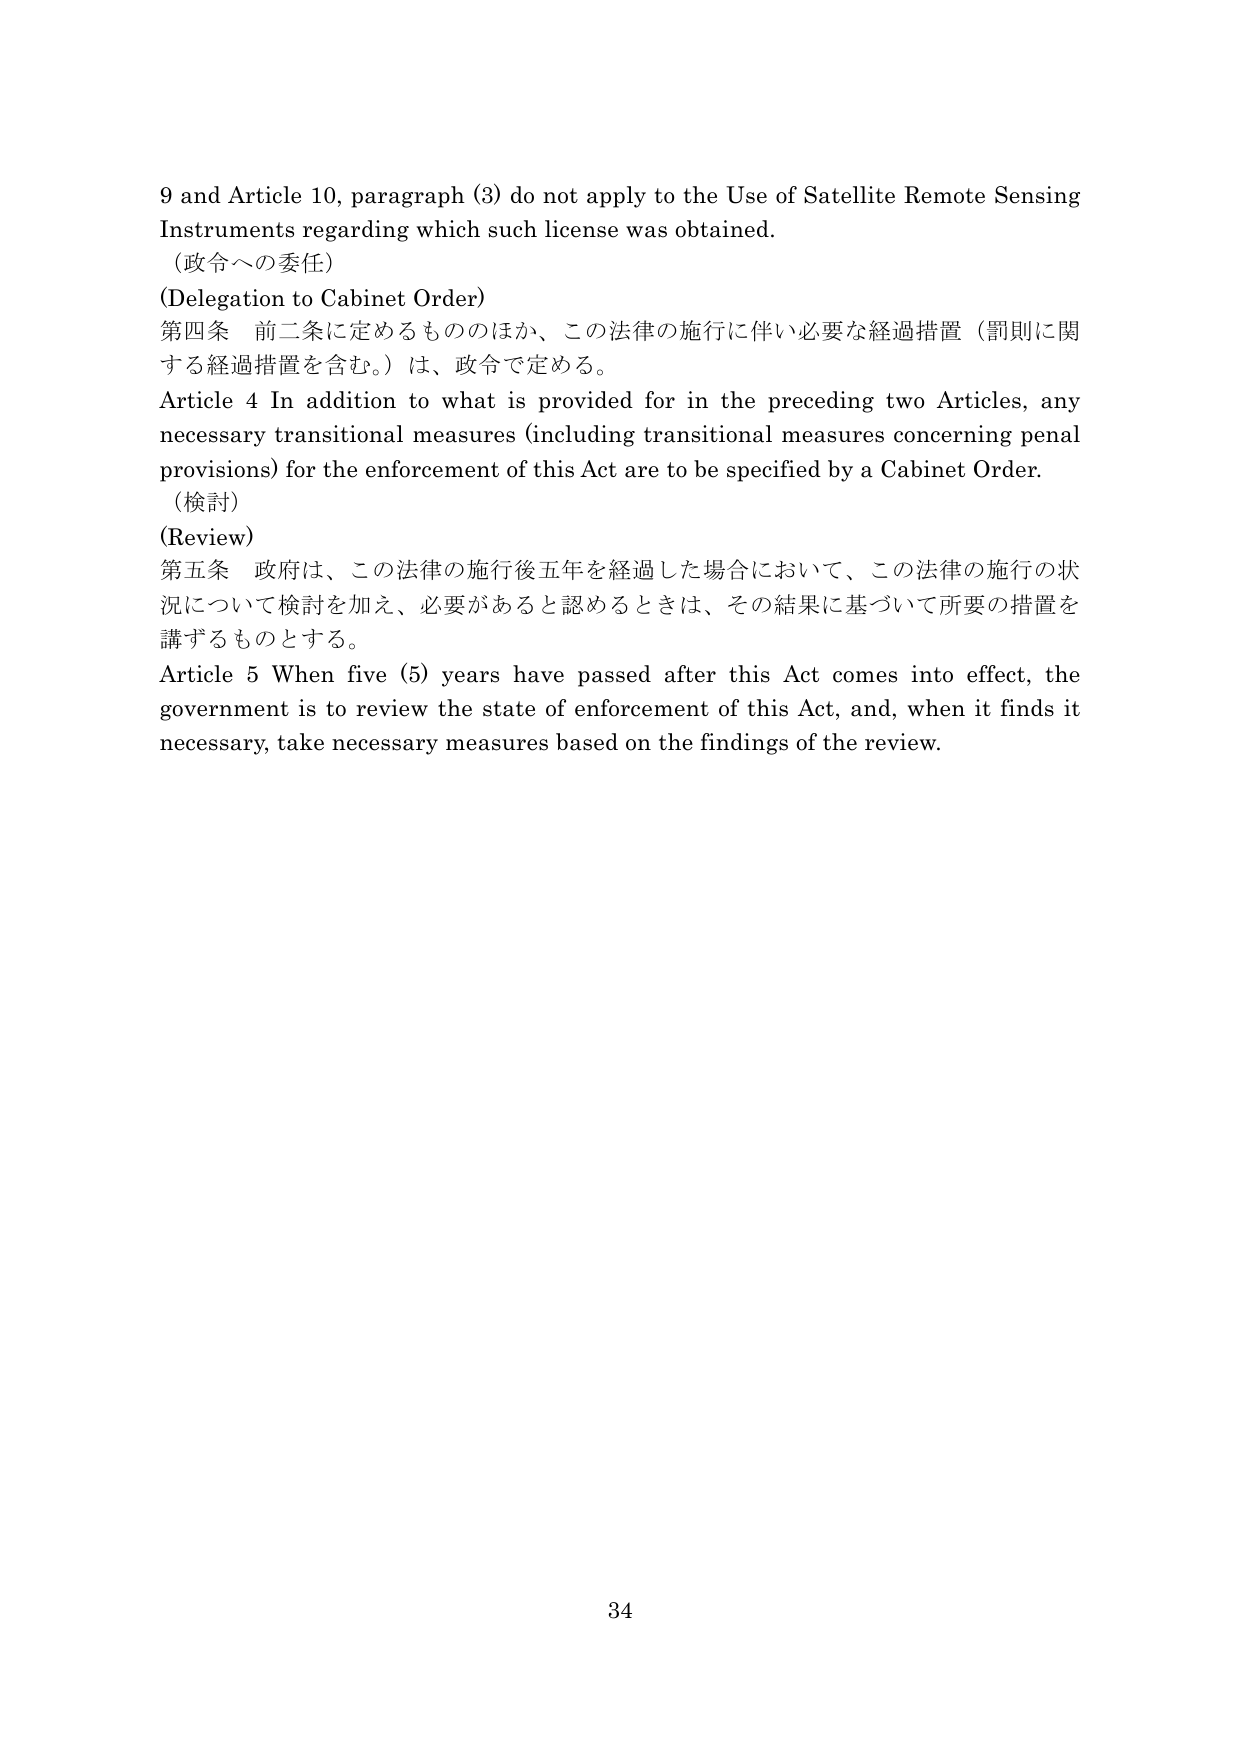
9 and Article 10, paragraph (3) do not apply to the Use of Satellite Remote Sensing Instruments regarding which such license was obtained.
（政令への委任）
(Delegation to Cabinet Order)
第四条 前二条に定めるもののほか、この法律の施行に伴い必要な経過措置（罰則に関する経過措置を含む。）は、政令で定める。
Article 4 In addition to what is provided for in the preceding two Articles, any necessary transitional measures (including transitional measures concerning penal provisions) for the enforcement of this Act are to be specified by a Cabinet Order.
（検討）
(Review)
第五条 政府は、この法律の施行後五年を経過した場合において、この法律の施行の状況について検討を加え、必要があると認めるときは、その結果に基づいて所要の措置を講ずるものとする。
Article 5 When five (5) years have passed after this Act comes into effect, the government is to review the state of enforcement of this Act, and, when it finds it necessary, take necessary measures based on the findings of the review.
34